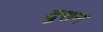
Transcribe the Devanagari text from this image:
दुशन